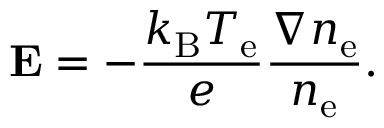
\mathbf { E } = - { \frac { k _ { \mathrm { B } } T _ { \mathrm { e } } } { e } } { \frac { \nabla n _ { \mathrm { e } } } { n _ { \mathrm { e } } } } .